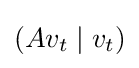
(Av_{t}\mid v_{t})